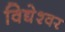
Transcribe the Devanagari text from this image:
विद्येश्वर